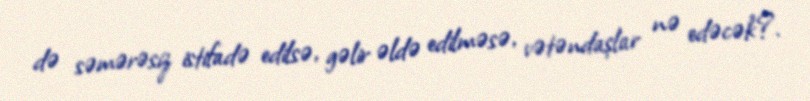
də səmərəsiz istifadə edilsə, gəlir əldə edilməsə, vətəndaşlar nə edəcək?.